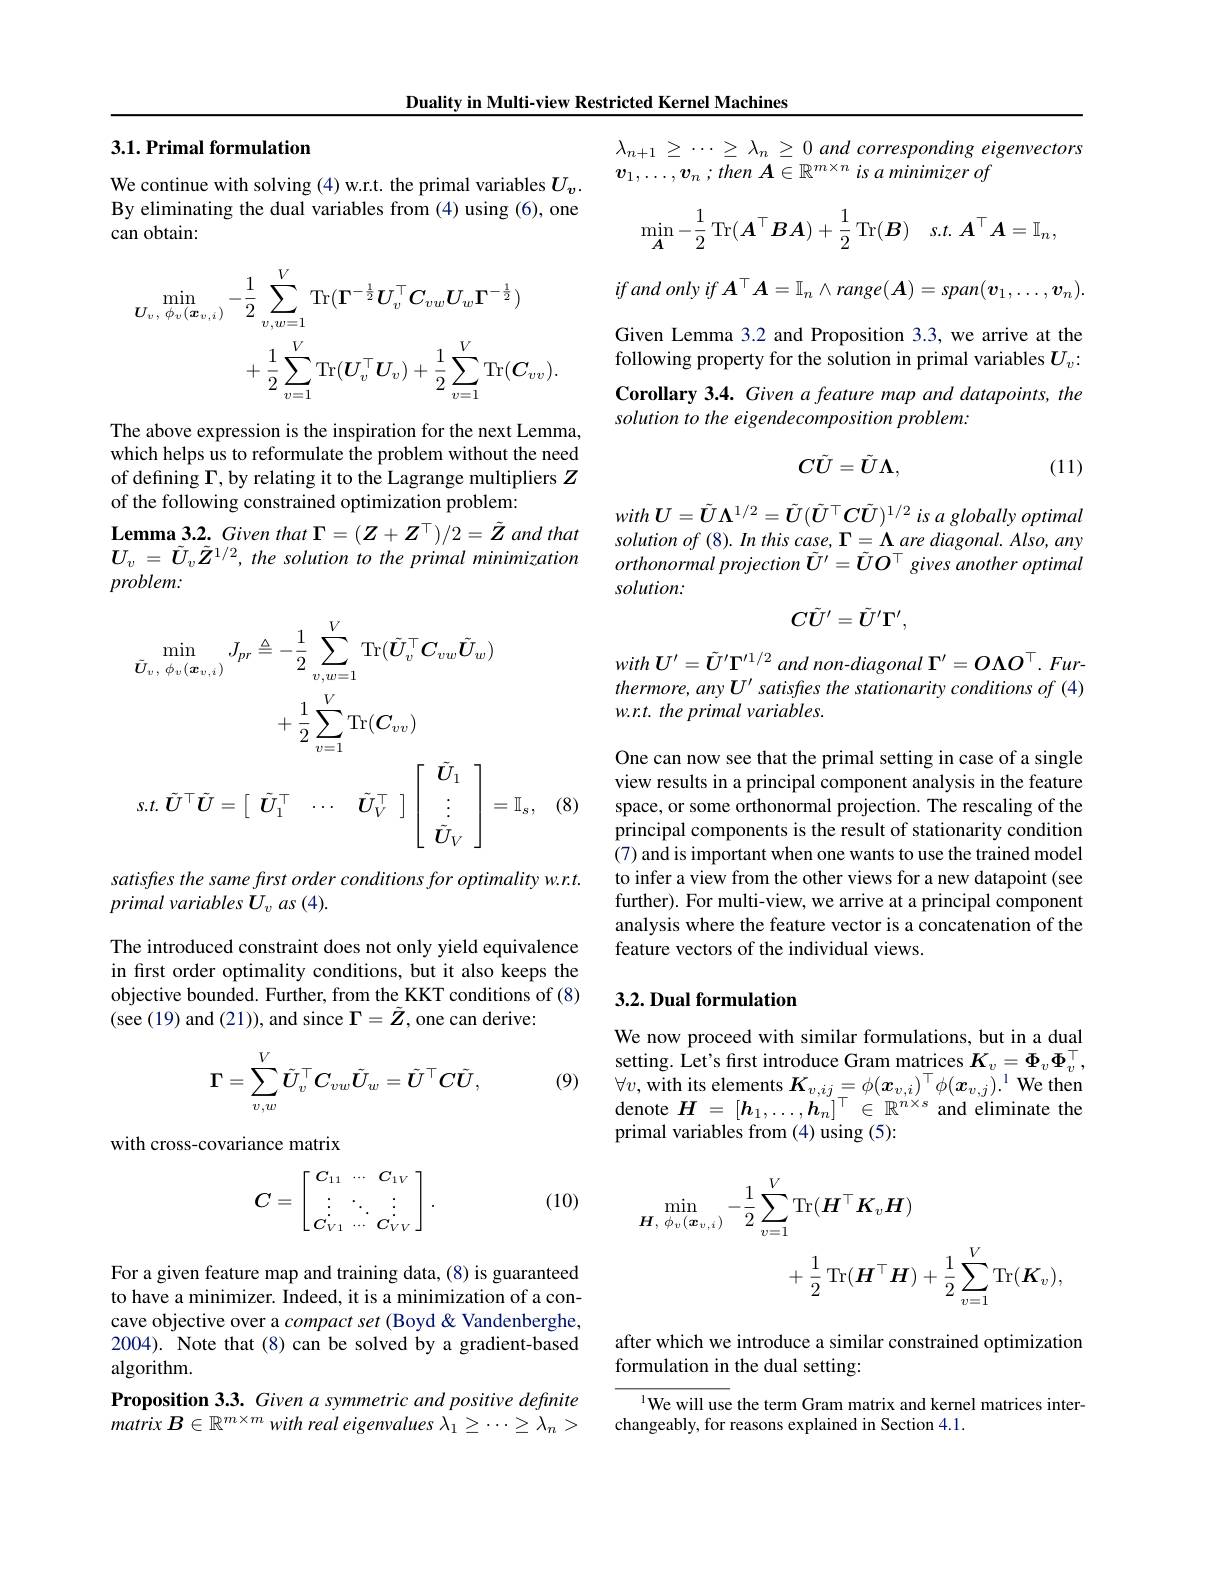
Duality in Multi-view Restricted Kernel Machines

### 3.1. Primal formulation

We continue with solving (4) w.r.t. the primal variables $U_v.$ By eliminating the dual variables from (4) using (6), one can obtain:
$$\begin{aligned}\min_{\boldsymbol{U}_{v}\:,\:\phi_{v}(\boldsymbol{x}_{v\:,\:i})}&-\frac{1}{2}\sum_{v,w=1}^{V}\mathrm{Tr}(\mathbf{I}^{-\frac{1}{2}}U_{v}^{\top}C_{vw}U_{w}\Gamma^{-\frac{1}{2}})\\&+\frac{1}{2}\sum_{v=1}^{V}\mathrm{Tr}(\boldsymbol{U}_{v}^{\top}\boldsymbol{U}_{v})+\frac{1}{2}\sum_{v=1}^{V}\mathrm{Tr}(\boldsymbol{C}_{vv}).\end{aligned}$$
The above expression is the inspiration for the next Lemma, which helps us to reformulate the problem without the need of defining $\Gamma$,by relating it to the Lagrange multipliers $Z$ of the following constrained optimization problem:
$\textbf{Lemma 3. 2. Given that }\Gamma = ( Z+ Z^\top ) / 2= \tilde{Z}$ and that $U_v=\tilde{U}_v\tilde{Z}^{1/2},thesolutiontotheprimalminimization$ problem:
$$\begin{aligned}\min_{\tilde{\boldsymbol{U}}_{v},\:\phi_{v}(\boldsymbol{x}_{v,i})}J_{pr}&\triangleq-\frac{1}{2}\sum_{v,w=1}^{V}\mathrm{Tr}(\tilde{\boldsymbol{U}}_{v}^{\top}\boldsymbol{C}_{vw}\tilde{\boldsymbol{U}}_{w})\\&+\frac{1}{2}\sum_{v=1}^{V}\mathrm{Tr}(\boldsymbol{C}_{vv})\\s.t.\:\tilde{\boldsymbol{U}}^{\top}\tilde{\boldsymbol{U}}&=\left[\begin{array}{ccc}\tilde{\boldsymbol{U}}_{1}^{\top}&\cdots&\tilde{\boldsymbol{U}}_{V}^{\top}\end{array}\right]\left[\begin{array}{c}\tilde{\boldsymbol{U}}_{1}\\\vdots\\\tilde{\boldsymbol{U}}_{V}\end{array}\right]=\mathbb{I}_{s},\end{aligned}$$
(8)

satisfres the same first order conditions for optimality w.r.t.
primal variables Uv as (4).

The introduced constraint does not only yield equivalence in first order optimality conditions, but it also keeps the objective bounded. Further, from the KKT conditions of (8) (see (19) and (21)), and since $\Gamma=\tilde{Z}$, one can derive:
$$\Gamma=\sum_{v,w}^{V}\tilde{U}_{v}^{\top}C_{vw}\tilde{U}_{w}=\tilde{U}^{\top}C\tilde{U},$$
(9)

with cross-covariance matrix
$$C=\left[\begin{matrix}C_{11}&\cdots&C_{1V}\\\vdots&\ddots&\vdots\\C_{V1}&\cdots&C_{VV}\end{matrix}\right].$$
(10)

For a given feature map and training data, (8) is guaranteed to have a minimizer. Indeed, it is a minimization of a concave objective over a compact set (Boyd &Vandenberghe, 2004). Note that (8)can be solved by a gradient-based algorithm.
Proposition 3.3. Given a symmetric and positive definite $\dot {matrix}\boldsymbol{B}\in \mathbb{R} ^{m\times m}with\textit{real eigenvalues }\lambda _1\geq \cdots \geq \lambda _n>$

$\lambda_{n+1}\geq\cdots\geq\lambda_n\geq0$ and corresponding eigenvectors
$v_{1}, \ldots , v_{n}$ $; then$ $A\in \mathbb{R} ^{m\times n}$ $is$ $a$ minimizer $of$
$$\min_{\boldsymbol{A}}-\frac{1}{2}\operatorname{Tr}(\boldsymbol{A}^{\top}\boldsymbol{B}\boldsymbol{A})+\frac{1}{2}\operatorname{Tr}(\boldsymbol{B})\quad s.t.\boldsymbol{A}^{\top}\boldsymbol{A}=\mathbb{I}_{n},$$
$ifandonlyifA^\top A=\mathbb{I}_n\wedge range(\boldsymbol{A})=span(\boldsymbol{v}_1,\ldots,\boldsymbol{v}_n).$ Given Lemma 3.2 and Proposition 3.3, we arrive at the following property for the solution in primal variables $U_v{:}$ Corollary 3.4. Given a feature map and datapoints, the solution to the eigendecomposition problem:
$$C\tilde{U}=\tilde{U}\Lambda,$$
(11)

$with\boldsymbol{U}=\tilde{\boldsymbol{U}}\boldsymbol{\Lambda}^{1/2}=\tilde{\boldsymbol{U}}(\tilde{\boldsymbol{U}}^{\top}\boldsymbol{CU})^{1/2}$ is a globally optimal solution $of$ (8). $In$ this $case$, $\Gamma =$ $\Lambda$ are $diagonal.$ $Also$, any orthonormal projection $\tilde{\boldsymbol{U}}^{\prime}=\tilde{\boldsymbol{U}}O^{\top}$ gives another optimal solution.
$$C\tilde{U^{\prime}}=\tilde{U^{\prime}}\Gamma^{\prime},$$
$with\boldsymbol{U}^{\prime}=\tilde{\boldsymbol{U}}^{\prime}\boldsymbol{\Gamma}^{\prime1/2}$ and non-diagonal $\Gamma^\prime=O\Lambda O^\top.Fur$- thermore, any $U^\prime$ satisfres the stationarity conditions of (4) w.r.t. the primal variables.

One can now see that the primal setting in case of a single view results in a principal component analysis in the feature space, or some orthonormal projection. The rescaling of the principal components is the result of stationarity condition (7) and is important when one wants to use the trained model to infer a view from the other views for a new datapoint (see further). For multi-view, we arrive at a principal component analysis where the feature vector is a concatenation of the feature vectors of the individual views.

## 3.2. Dual formulation

We now proceed with similar formulations, but in a dual setting. Let's first introduce Gram matrices $K_v=\Phi_v\Phi_v^\top$, $\forall v$,with its elements $\boldsymbol K_v,ij=\phi(\boldsymbol x_{v,i})^{\top}\phi(\boldsymbol x_{v,j}).^{1}$ We then denote $H=[\boldsymbol h_1,\ldots,\boldsymbol h_n]^\top\in\mathbb{R}^{n\times s}$ and eliminate the primal variables from (4) using (5):
$$\begin{aligned}\min_{\boldsymbol{H},\:\phi_{v}(\boldsymbol{x}_{v,\:i})}-\frac{1}{2}\sum_{v=1}^{V}\mathrm{Tr}(\boldsymbol{H}^{\top}\boldsymbol{K}_{v}\boldsymbol{H})\\&+\frac{1}{2}\:\mathrm{Tr}(\boldsymbol{H}^{\top}\boldsymbol{H})+\frac{1}{2}\sum_{v=1}^{V}\mathrm{Tr}(\boldsymbol{K}_{v}),\end{aligned}$$
after which we introduce a similar constrained optimization
formulation in the dual setting:

lWe will use the term Gram matrix and kernel matrices inter-
changeably, for reasons explained in Section 4.1.